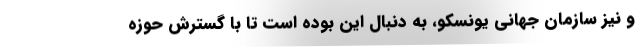
و نیز سازمان جهانی یونسکو، به دنبال این بوده است تا با گسترش حوزه